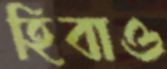
হিবাও